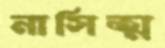
নাসিত্ম